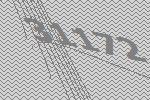
31172